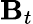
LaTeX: \textbf{B}_{t}